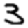
Digit: 3